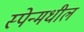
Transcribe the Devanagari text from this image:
स्पेन्मधील